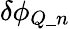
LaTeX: \delta\phi_{Q\_ n}